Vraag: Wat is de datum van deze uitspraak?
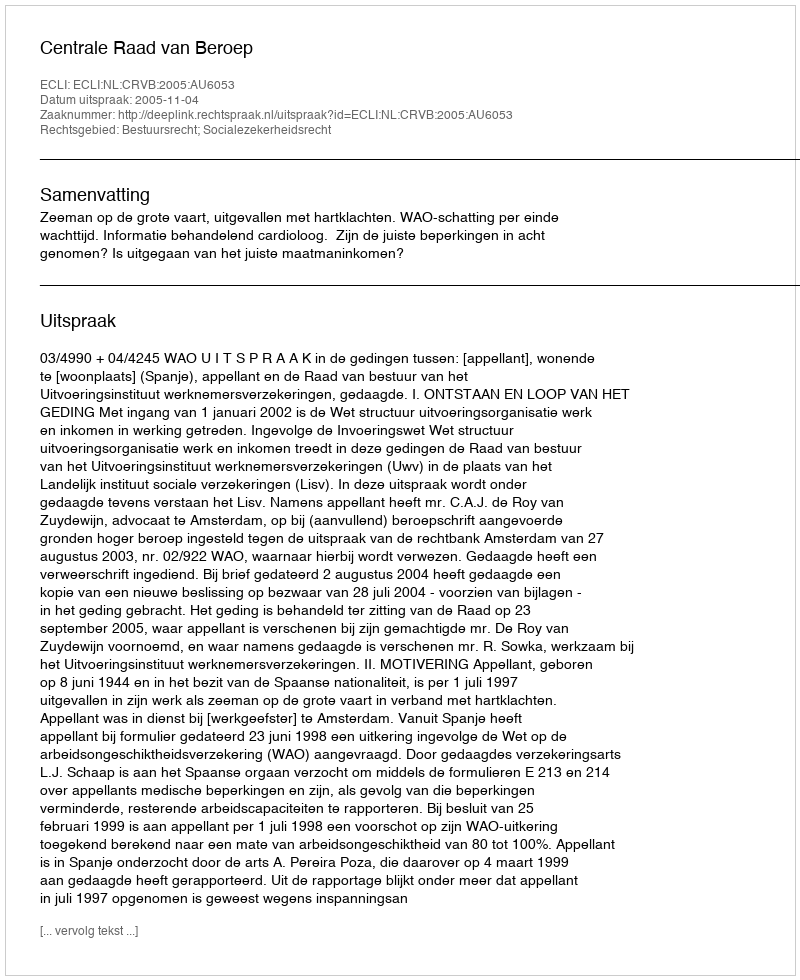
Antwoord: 2005-11-04